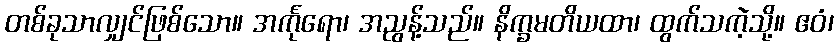
တစ်ခုသာလျှင်ဖြစ်သော။ အင်္ကုရော၊ အညွန့်သည်။ နိက္ခမတိယထာ၊ ထွက်သကဲ့သို့။ ဧဝံ၊